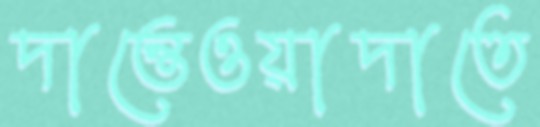
দান্তেওয়াদাতে